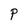
Character: P